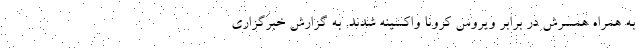
به همراه همسرش در برابر ویروس کرونا واکسینه شدند. به گزارش خبرگزاری